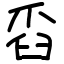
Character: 舀